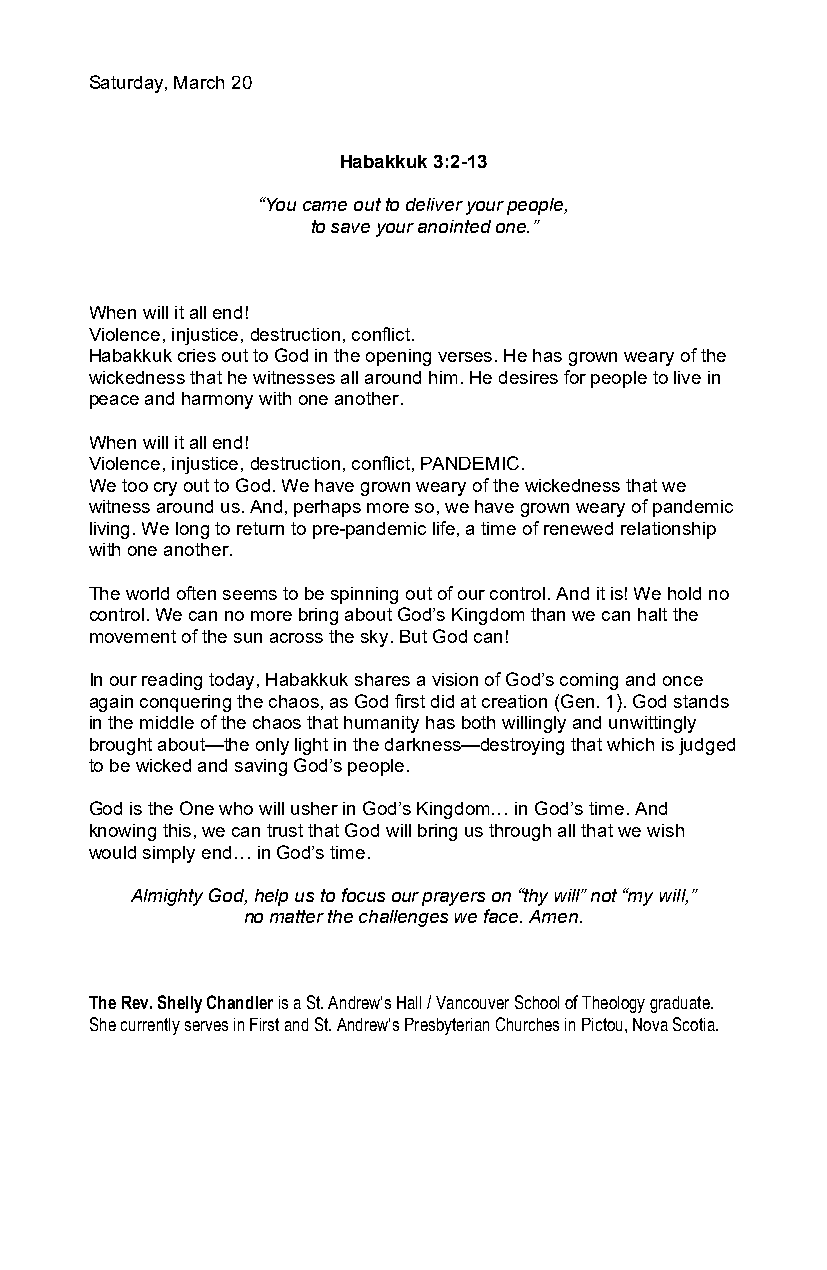
Saturday, March 20
 Habakkuk 3:2-13
 “You came out to deliver your people,
 to save your anointed one.”
 When will it all end!
 Violence, injustice, destruction, conflict.
 Habakkuk cries out to God in the opening verses. He has grown weary of the
 wickedness that he witnesses all around him. He desires for people to live in
 peace and harmony with one another.
 When will it all end!
 Violence, injustice, destruction, conflict, PANDEMIC.
 We too cry out to God. We have grown weary of the wickedness that we
 witness around us. And, perhaps more so, we have grown weary of pandemic
 living. We long to return to pre-pandemic life, a time of renewed relationship
 with one another.
 The world often seems to be spinning out of our control. And it is! We hold no
 control. We can no more bring about God’s Kingdom than we can halt the
 movement of the sun across the sky. But God can!
 In our reading today, Habakkuk shares a vision of God’s coming and once
 again conquering the chaos, as God first did at creation (Gen. 1). God stands
 in the middle of the chaos that humanity has both willingly and unwittingly
 brought about—the only light in the darkness—destroying that which is judged
 to be wicked and saving God’s people.
 God is the One who will usher in God’s Kingdom… in God’s time. And
 knowing this, we can trust that God will bring us through all that we wish
 would simply end… in God’s time.
 Almighty God, help us to focus our prayers on “thy will” not “my will,”
 no matter the challenges we face. Amen.
 The Rev. Shelly Chandler is a St. Andrew’s Hall / Vancouver School of Theology graduate.
 She currently serves in First and St. Andrew’s Presbyterian Churches in Pictou, Nova Scotia.